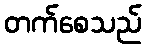
တက်စေသည်